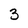
Character: 3